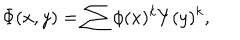
LaTeX: \Phi ( x , y ) = \sum \phi ( x ) ^ { k } Y ( y ) ^ { k } ,